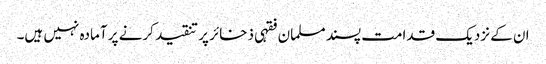
ان کے نزدیک قدامت پسند مسلمان فقہی ذخائر پر تنقید کرنے پر آمادہ نہیں ہیں۔